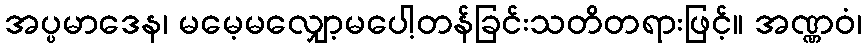
အပ္ပမာဒေန၊ မမေ့မလျှော့မပေါ့တန်ခြင်းသတိတရားဖြင့်။ အဏ္ဏဝံ၊